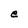
Character: e